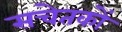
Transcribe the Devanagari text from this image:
सचेतकों